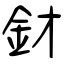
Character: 釮